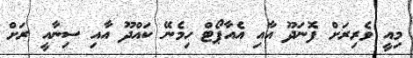
މިއީ ވެރިރަށް ފޮނަދޫ އާއި އެއާޕޯޓް ހިމެނޭ ކައްދޫ އާއި ސިނާއީ ރަށް